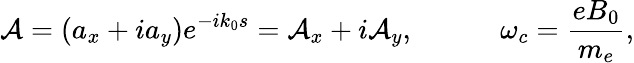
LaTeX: {\cal A}={\left(a_{x}+ia_{y}\right)}e^{-ik_{0}s}={\cal A}_{x}+i{\cal A}_{y},\qquad\quad\omega_{c}={\frac{eB_{0}}{m_{e}}},